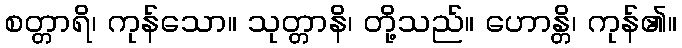
စတ္တာရိ၊ ကုန်သော။ သုတ္တာနိ၊ တို့သည်။ ဟောန္တိ၊ ကုန်၏။